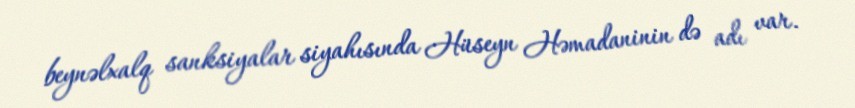
beynəlxalq sanksiyalar siyahısında Hüseyn Həmadaninin də adı var.